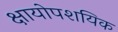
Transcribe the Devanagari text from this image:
क्षायोपशयिक